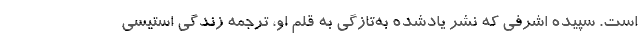
است. سپیده اشرفی که نشر یادشده به‌تازگی به قلم او، ترجمه زندگی استیسی